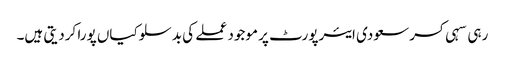
رہی سہی کسر سعودی ایئرپورٹ پر موجود عملے کی بدسلوکیاں پورا کردیتی ہیں۔